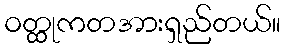
ဝတ္ထုကတအားရှည်တယ်။